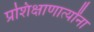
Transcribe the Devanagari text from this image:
प्रशिक्षाणार्त्यांना